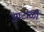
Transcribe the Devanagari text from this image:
आटोळी